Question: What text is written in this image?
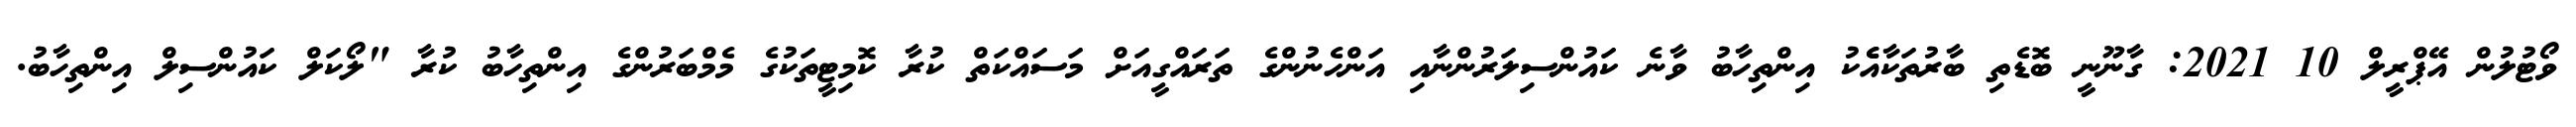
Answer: ވޯޓުލުން އޭޕްރީލް 10 2021: ގާނޫނީ ބޮޑެތި ބާރުތަކާއެެކު އިންތިހާބު ވާނެ ކައުންސިލަރުންނާއި އަންހެނުންގެ ތަރައްގީއަށް މަސައްކަތް ކުރާ ކޮމިޓީތަކުގެ މެމްބަރުންގެ އިންތިހާބު ކުރާ "ލޯކަލް ކައުންސިލް އިންތިހާބު.